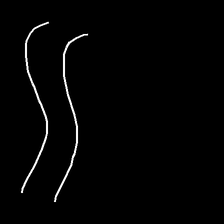
Glyph: float